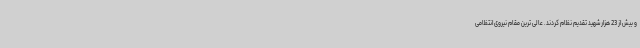
و بیش از 23 هزار شهید تقدیم نظام کردند. عالی ترین مقام نیروی انتظامی